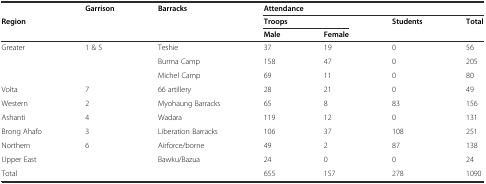
|  | <ROWSPAN=3> Garrison | <ROWSPAN=3> Barracks | <COLSPAN=4> Attendance |
 | <ROWSPAN=2> Region | <COLSPAN=2> Troops | <ROWSPAN=2> Students | <ROWSPAN=2> Total |
 | Male | Female |
 | --- | --- | --- | --- | --- | --- | --- |
 | <ROWSPAN=3> Greater | <ROWSPAN=3> 1 & 5 | Teshie | 37 | 19 | 0 | 56 |
 | Burma Camp | 158 | 47 | 0 | 205 |
 | Michel Camp | 69 | 11 | 0 | 80 |
 | Volta | 7 | 66 artillery | 28 | 21 | 0 | 49 |
 | Western | 2 | Myohaung Barracks | 65 | 8 | 83 | 156 |
 | Ashanti | 4 | Wadara | 119 | 12 | 0 | 131 |
 | Brong Ahafo | 3 | Liberation Barracks | 106 | 37 | 108 | 251 |
 | Northern | <ROWSPAN=2> 6 | Airforce/borne | 49 | 2 | 87 | 138 |
 | Upper East | Bawku/Bazua | 24 | 0 | 0 | 24 |
 | <COLSPAN=3> Total | 655 | 157 | 278 | 1090 |